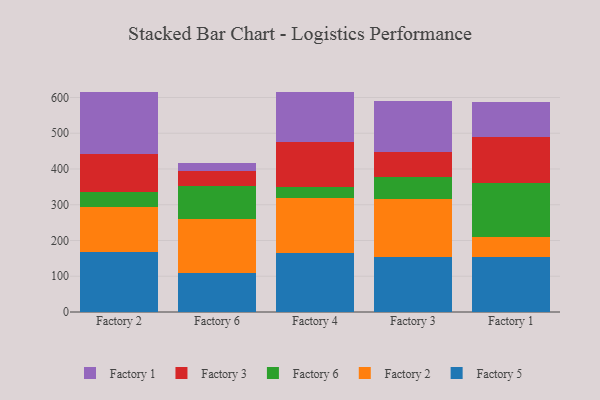
{"axis": {"x": "Factory", "y": "Active Users"}, "legend": ["Factory 1", "Factory 2", "Factory 3", "Factory 5", "Factory 6"], "data": [{"x": "Factory 2", "y": 166.9, "type": "Factory 5"}, {"x": "Factory 2", "y": 127.5, "type": "Factory 2"}, {"x": "Factory 2", "y": 42.6, "type": "Factory 6"}, {"x": "Factory 2", "y": 105.0, "type": "Factory 3"}, {"x": "Factory 2", "y": 174.5, "type": "Factory 1"}, {"x": "Factory 6", "y": 108.1, "type": "Factory 5"}, {"x": "Factory 6", "y": 152.3, "type": "Factory 2"}, {"x": "Factory 6", "y": 92.5, "type": "Factory 6"}, {"x": "Factory 6", "y": 42.3, "type": "Factory 3"}, {"x": "Factory 6", "y": 22.4, "type": "Factory 1"}, {"x": "Factory 4", "y": 166.1, "type": "Factory 5"}, {"x": "Factory 4", "y": 151.5, "type": "Factory 2"}, {"x": "Factory 4", "y": 31.4, "type": "Factory 6"}, {"x": "Factory 4", "y": 127.5, "type": "Factory 3"}, {"x": "Factory 4", "y": 138.7, "type": "Factory 1"}, {"x": "Factory 3", "y": 154.0, "type": "Factory 5"}, {"x": "Factory 3", "y": 162.0, "type": "Factory 2"}, {"x": "Factory 3", "y": 62.0, "type": "Factory 6"}, {"x": "Factory 3", "y": 70.9, "type": "Factory 3"}, {"x": "Factory 3", "y": 142.2, "type": "Factory 1"}, {"x": "Factory 1", "y": 152.5, "type": "Factory 5"}, {"x": "Factory 1", "y": 56.8, "type": "Factory 2"}, {"x": "Factory 1", "y": 152.4, "type": "Factory 6"}, {"x": "Factory 1", "y": 129.1, "type": "Factory 3"}, {"x": "Factory 1", "y": 96.8, "type": "Factory 1"}]}